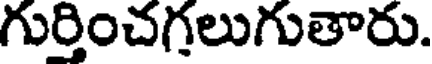
గుర్తించగలుగుతారు.